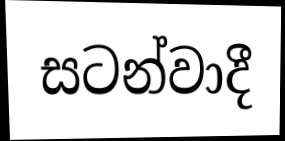
සටන්වාදී